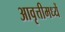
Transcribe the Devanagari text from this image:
आवृत्तीमध्यें